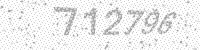
Solution: 712796